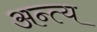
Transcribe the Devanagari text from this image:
अन्‍त्‍य